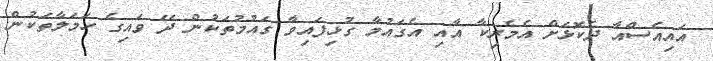
އައިއެސްއާ ދެކޮޅަށް އެމެރިކާ އާއި އެގައުމާ ގުޅިފައިވާ ގައުމުތަކުން ދޭ ވައިގެ ހަމަލާތަކުން